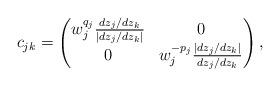
LaTeX: \begin{align*}c_{jk} = \begin{pmatrix} w_j^{q_j}\frac{dz_j/dz_k}{|dz_j/dz_k|} & 0 \\ 0 & w_j^{-p_j}\frac{|dz_j/dz_k|}{dz_j/dz_k} \end{pmatrix},\end{align*}